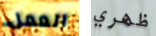
العمل ظهري